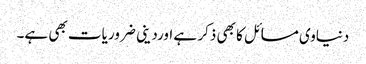
دنیاوی مسائل کا بھی ذکر ہے اورد ینی ضروریات بھی ہے۔